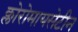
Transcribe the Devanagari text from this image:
क्लोरोमायसेटीन